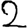
Digit: 2